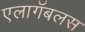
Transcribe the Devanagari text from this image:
एलागॅबलस